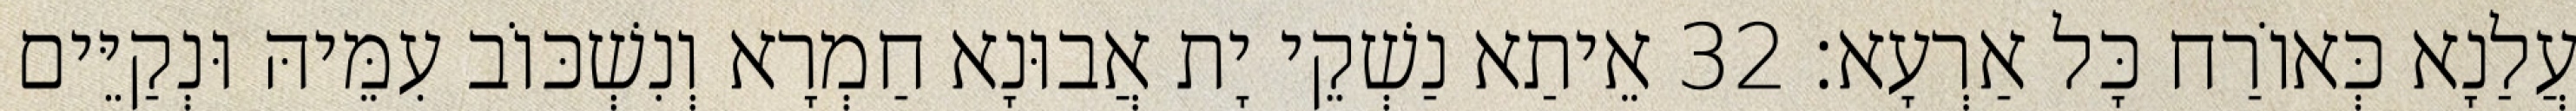
עֲלַנָא כְּאוֹרַח כָּל אַרְעָא׃ 32 אֵיתַא נַשְׁקֵי יָת אֲבוּנָא חַמְרָא וְנִשְׁכּוֹב עִמֵּיהּ וּנְקַיֵּים